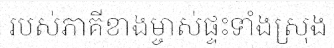
របស់ភាគីខាងម្ចាស់ផ្ទះទាំងស្រុង